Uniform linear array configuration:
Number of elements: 24
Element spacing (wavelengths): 1
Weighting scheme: cosine
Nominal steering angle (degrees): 45
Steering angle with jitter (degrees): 43.303
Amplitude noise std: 0.05
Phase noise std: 0.05

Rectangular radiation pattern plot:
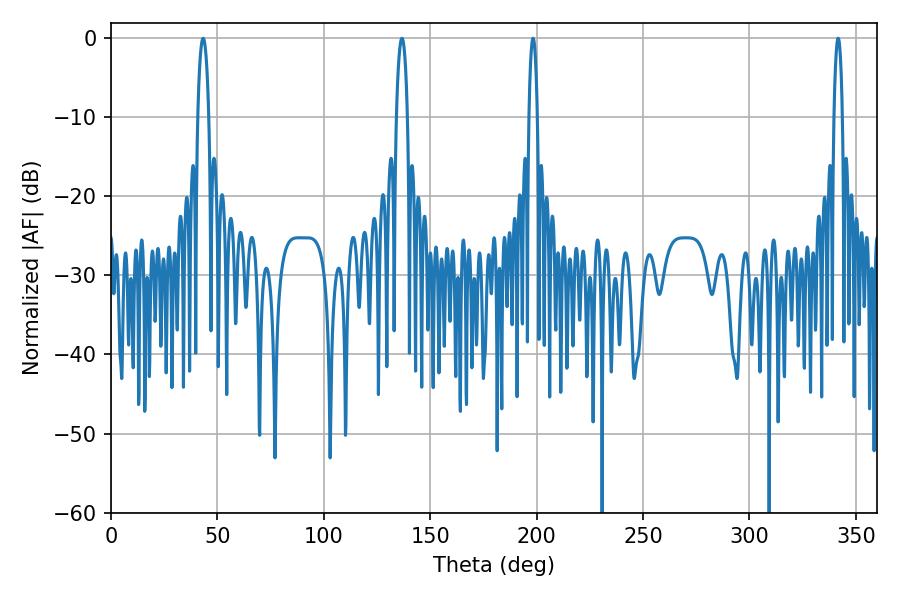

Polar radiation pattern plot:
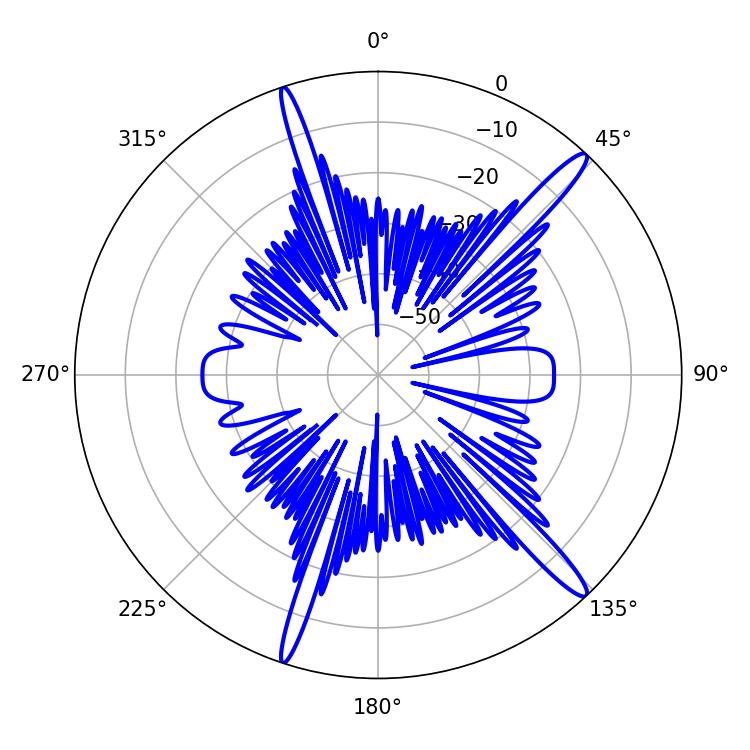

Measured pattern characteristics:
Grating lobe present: TRUE
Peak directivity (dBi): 15.939
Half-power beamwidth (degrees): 2.16
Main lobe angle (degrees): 198.36